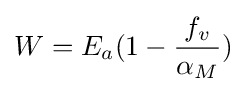
W=E_{a}(1-{\frac {f_{v}}{\alpha _{M}}})